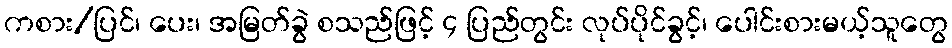
ကစား/ပြင်၊ ပေး၊ အမြတ်ခွဲ စသည်ဖြင့် ၄ ပြည်တွင်း လုပ်ပိုင်ခွင့်၊ ပေါင်းစားမယ့်သူတွေ